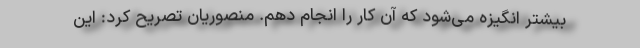
بیشتر انگیزه می‌شود که آن کار را انجام دهم. منصوریان تصریح کرد: این